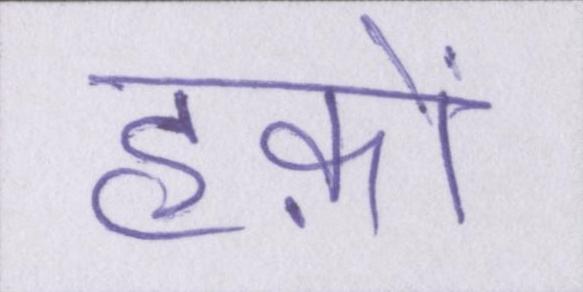
हक़ों